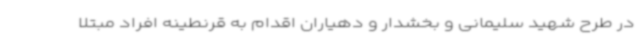
در طرح شهید سلیمانی و بخشدار و دهیاران اقدام به قرنطینه افراد مبتلا